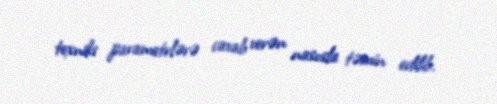
texniki parametrlərə cavab verən nasosla təmin edilib.